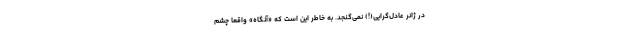
در ژانر عادل‌گرایی(!) نمی‌گنجد. به خاطر این است که «آنگاه» واقعا چشم